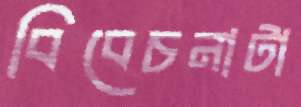
বিবেচনাটা